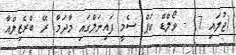
(ޖުލައި 7) - ވޯލްޑް ކަޕް ސެމީ ފައިނަލްގައި މާދަމާ ރޭ ބްރެޒިލްއާ